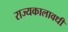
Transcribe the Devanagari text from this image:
राज्यकालावधी